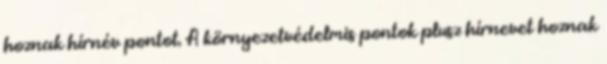
hoznak hírnév pontot. A környezetvédelmis pontok plusz hírnevet hoznak